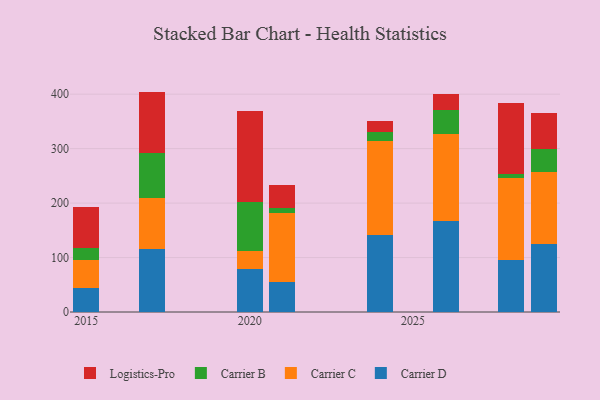
{"axis": {"x": "Year", "y": "Waste Production (Tons)"}, "legend": ["Carrier B", "Carrier C", "Carrier D", "Logistics-Pro"], "data": [{"x": "2028", "y": 95.0, "type": "Carrier D"}, {"x": "2028", "y": 151.1, "type": "Carrier C"}, {"x": "2028", "y": 8.0, "type": "Carrier B"}, {"x": "2028", "y": 130.2, "type": "Logistics-Pro"}, {"x": "2024", "y": 141.8, "type": "Carrier D"}, {"x": "2024", "y": 172.3, "type": "Carrier C"}, {"x": "2024", "y": 16.3, "type": "Carrier B"}, {"x": "2024", "y": 21.0, "type": "Logistics-Pro"}, {"x": "2017", "y": 115.4, "type": "Carrier D"}, {"x": "2017", "y": 94.7, "type": "Carrier C"}, {"x": "2017", "y": 81.0, "type": "Carrier B"}, {"x": "2017", "y": 113.6, "type": "Logistics-Pro"}, {"x": "2021", "y": 54.3, "type": "Carrier D"}, {"x": "2021", "y": 128.1, "type": "Carrier C"}, {"x": "2021", "y": 8.6, "type": "Carrier B"}, {"x": "2021", "y": 42.1, "type": "Logistics-Pro"}, {"x": "2015", "y": 44.1, "type": "Carrier D"}, {"x": "2015", "y": 52.0, "type": "Carrier C"}, {"x": "2015", "y": 22.0, "type": "Carrier B"}, {"x": "2015", "y": 74.3, "type": "Logistics-Pro"}, {"x": "2029", "y": 124.8, "type": "Carrier D"}, {"x": "2029", "y": 132.3, "type": "Carrier C"}, {"x": "2029", "y": 42.8, "type": "Carrier B"}, {"x": "2029", "y": 65.8, "type": "Logistics-Pro"}, {"x": "2020", "y": 78.2, "type": "Carrier D"}, {"x": "2020", "y": 33.5, "type": "Carrier C"}, {"x": "2020", "y": 91.2, "type": "Carrier B"}, {"x": "2020", "y": 166.7, "type": "Logistics-Pro"}, {"x": "2026", "y": 167.3, "type": "Carrier D"}, {"x": "2026", "y": 159.9, "type": "Carrier C"}, {"x": "2026", "y": 43.8, "type": "Carrier B"}, {"x": "2026", "y": 28.5, "type": "Logistics-Pro"}]}